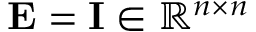
\mathbf { E } = \mathbf { I } \in \mathbb { R } ^ { n \times n }